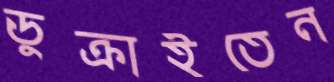
ডুক্‌রাইতেন